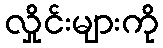
လှိုင်းများကို